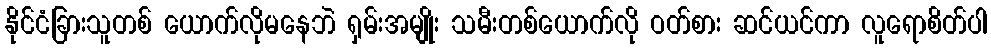
နိုင်ငံခြားသူတစ် ယောက်လိုမနေဘဲ ရှမ်းအမျိုး သမီးတစ်ယောက်လို ဝတ်စား ဆင်ယင်ကာ လူရောစိတ်ပါ